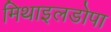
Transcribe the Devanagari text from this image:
मिथाइलडोपा